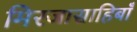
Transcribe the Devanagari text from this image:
मिरजासाहिबाँ